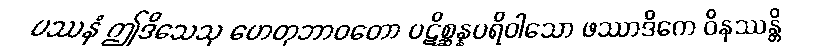
ပဿနံ ဤဒိသေသု ဟေတုဘာဝတော ပဋိစ္ဆန္နပရိဝါသော ဖဿာဒိကေ ဝိနဿန္တိ